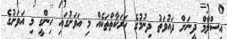
އިސްލާމް ދީނަށް ދައުވަތު ދިނުމުގެ ހަރަކާތްތަކެއް މި އަވަށުގައި ހިންގީ މި އަވަށުގެ